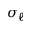
\sigma _ { \ell }